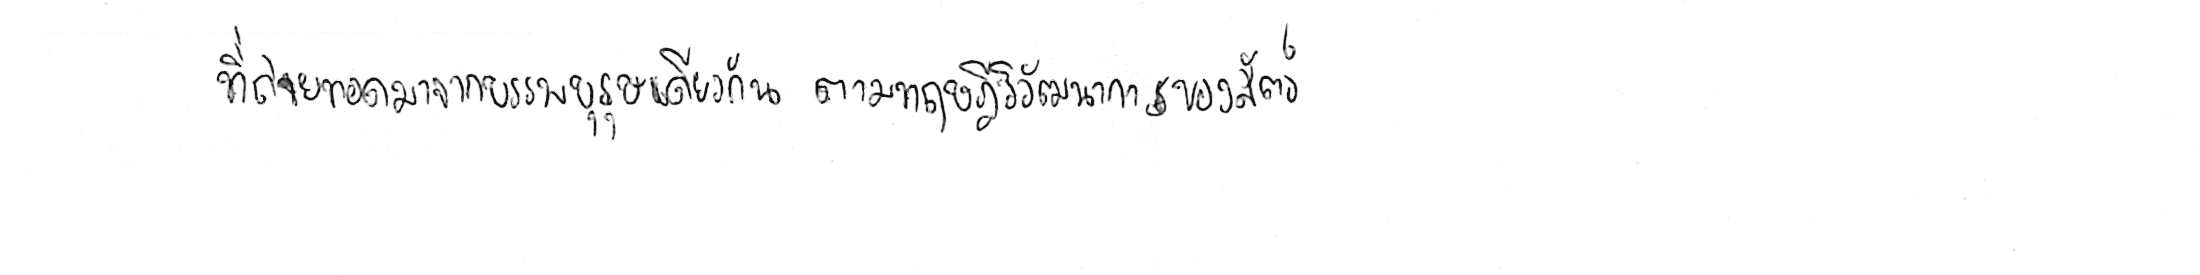
ที่ถ่ายทอดมาจากบรรพบุรุษเดียวกัน ตามทฤษฎีวิวัฒนาการของสัตว์